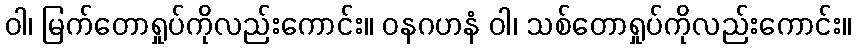
ဝါ၊ မြက်တောရှုပ်ကိုလည်းကောင်း။ ဝနဂဟနံ ဝါ၊ သစ်တောရှုပ်ကိုလည်းကောင်း။